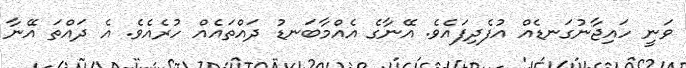
ވަނީ ހައިޖާނުގަނޑެއް އުފެދިފައެވެ. އޭނާގެ އެއްމާބަނޑު ދައްތައެއް ހުރެއެވެ. އެ ދައްތަ އޭނާ